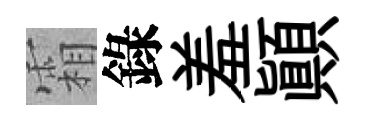
霜錄羞顚